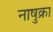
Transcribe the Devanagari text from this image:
नाषुक्रा